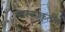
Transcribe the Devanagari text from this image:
तारकाकृतीने